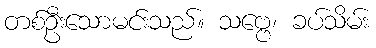
တစ်ဦးသောမင်းသည်။ သဗ္ဗေ၊ ခပ်သိမ်း